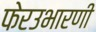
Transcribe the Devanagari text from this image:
फेरउभारणी